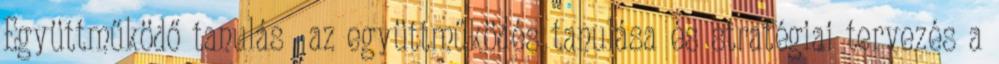
Együttműködő tanulás az együttműködés tanulása és stratégiai tervezés a